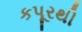
કપૂરથી